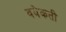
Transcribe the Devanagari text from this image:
वयेकती